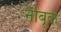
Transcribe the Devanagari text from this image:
नीबूके